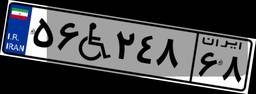
۵۶W۲۴۸۶۸